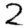
Digit: 2